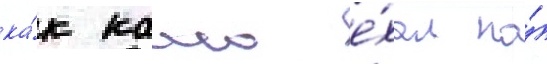
ка́к камо е́хал на́